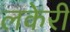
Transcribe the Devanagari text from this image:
लकेरी